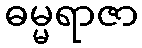
ဓမ္မရာဇာ